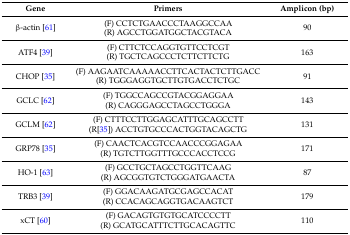
| Gene | Primers | Amplicon (bp) |
 | --- | --- | --- |
 | β-actin [61] | (F) CCTCTGAACCCTAAGGCCAA(R) AGCCTGGATGGCTACGTACA | 90 |
 | ATF4 [39] | (F) CTTCTCCAGGTGTTCCTCGT(R) TGCTCAGCCCTCTTCTTCTG | 163 |
 | CHOP [35] | (F) AAGAATCAAAAACCTTCACTACTCTTGACC(R) TGGGAGGTGCTTGTGACCTCTGC | 91 |
 | GCLC [62] | (F) TGGCCAGCCGTACGGAGGAA(R) CAGGGAGCCTAGCCTGGGA | 143 |
 | GCLM [62] | (F) CTTTCCTTGGAGCATTTGCAGCCTT(R[35]) ACCTGTGCCCACTGGTACAGCTG | 131 |
 | GRP78 [35] | (F) CAACTCACGTCCAACCCGGAGAA(R) TGTCTTGGTTTGCCCACCTCCG | 171 |
 | HO-1 [63] | (F) GCCTGCTAGCCTGGTTCAAG(R) AGCGGTGTCTGGGATGAACTA | 87 |
 | TRB3 [39] | (F) GGACAAGATGCGAGCCACAT(R) CCACAGCAGGTGACAAGTCT | 179 |
 | xCT [60] | (F) GACAGTGTGTGCATCCCCTT(R) GCATGCATTTCTTGCACAGTTC | 110 |